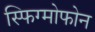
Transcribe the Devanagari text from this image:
स्फिग्मोफोन